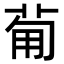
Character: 𤰈